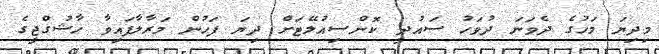
މިދިޔަ މަހުގެ ދެވަނަ ދުވަހު ސައުދީ ކޮންސިއުލޭޓަށް ދިޔަ ފަހުން މަރާލާފައިވާ ހާޝުގްޖީގެ